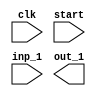


//BURAK TOPU 2617385
//EE445 HW-2, MANO'S BASIC COMPUTER


module hw_2(	
		input clk,
		input start,
		input [7:0] inp_1,
		output reg [7:0] out_1
		);
		
			reg Start; 				//Start flip flop
			reg [15:0] DR, AC, IR, TR; //data reg, accumulator, instruction reg, temp reg
			reg [11:0] PC, AR;		//program counter, address reg
			reg [7:0] OUTR, INPR;		//input and output regs
			reg [3:0] SC;		//timer
			reg [2:0] D;		//instruction decoder
			reg Indirect, E, FGI, FGO, IEN, IRQ; //indirect=I flip flop
			reg [15:0] mem_ram[4096:0];			//4K memory
	
	initial
		begin
			mem_ram [0]<=16'h1030;		//1030	at address=48, I put 4. PC==1
			mem_ram [1]<=16'h1031;		//100B	at address=49, I put 5. PC==2
			mem_ram [2]<=16'h7800;		//7800 	CLA again, PC==3
			mem_ram [3]<=16'h2037;     //LDA at 48. location
			mem_ram [4]<=16'h3030;		//store at 48. location
			//mem_ram [5]<=16'h4030;	//BUN
			//mem_ram [6]<=16'h5030;	//BSA
			//mem_ram [7]<=16'h6030;	//ISZ
			mem_ram [5]<=16'h7800;		//CLA
			mem_ram [6]<=16'h7400;		//CLE
			mem_ram [7]<=16'h7200;		//CMA
			mem_ram [8]<=16'h1030;		//again ADD AC to new value coming from store instruction to show circulations
			mem_ram [9]<=16'h7080;		//CIR
			mem_ram [10]<=16'h7040;		//CIL
			mem_ram [11]<=16'h7020;		//INC
			mem_ram [12]<=16'h7010;		//SPA
			mem_ram [13]<=16'h7008;		//SNA
			mem_ram [14]<=16'h7004;		//SZA	
			mem_ram [15]<=16'h7002;		//SZE
			mem_ram [16]<=16'h7001;		//HLT
			//mem_ram [21]<=16'h7008
			mem_ram [48]<=4;
			mem_ram [49]<=5;
			mem_ram [50]<=6;
			mem_ram [51]<=7;
			mem_ram [55]<=30;

			SC<=0;		//sequence counter that counts time T1, T2...
			DR<=0;		//data register
			AC<=0;		//accumulator 
			IR<=0;		//instruction  register
			TR<=0;		//temporary register
			OUTR<=0;		//output register
			INPR<=0;		//input register
			AR<=0;		//address register
			PC<=0;		//program  counter
			
			Start<=1;		//start signal
			//actually this start given as input, delete below to apply start signalx
			//Start<=start;
			Indirect<=0;		//indirect register 
			E<=0;					//E flag register
			FGI<=0;				//FGI flag (input flag)
			FGO<=0;				//FGO flag (output flag)
			IEN<=0;				//interrupt enable
			IRQ<=0;				//interrupt request 
		end	
		
	always @(posedge clk)  //fetching and decode block
								  //if start is not  enabled, no fetch occurs, hence no operation will be carried out.
	
	begin
		if(Start==1)
		begin
			if(SC==0)			//at  SC=0, T0 case, for that case AC<-PC
				begin
					AR<=PC;
					SC<=SC+1;
				end
			else if (SC==1)	//at T1, read information from  memory to IR
				begin
					IR[15:0]<=mem_ram[AR];
					PC<=PC+1;		
					SC<=SC+1;
				end
			else if (SC==2)	//at T2
				begin
					D[2:0]<=IR[14:12];  //D is the decoded instructions
					Indirect<=IR[15];		//For controlling type of instruction such as indirect or direct
					AR[11:0]<=IR[11:0];	//address of operand or address of address of operand.
					SC<=SC+1;
				end
		end
	end
	
	always@ (posedge clk)
	begin
		if((D==3'b111)&(Indirect==1)&(SC==3))
		begin
			INPR<=inp_1;
			OUTR<=out_1;
			if(IR[11]==1)
				begin
					AC[7:0]<=INPR;		//input is received by accumualator
					FGI<=0;
					SC<=0;
				end
			else if(IR[10]==1)
				begin
					OUTR<=AC[7:0];		//output is received from accumulator
					FGO<=0;
					SC<=0;
				end
			else if (IR[9]==1)
				begin
					if(FGI==1)
					PC<=PC+1;
					SC<=0;
				end
			else if (IR[8]==1)
				begin
					if(FGO==1)
					PC<=PC+1;
					SC<=0;
				end
			else if (IR[7]==1)
				begin
					IEN<=1;			//interrupt enable signal generated			
					SC<=0;
				end
			else if (IR[6]==1)
				begin
					SC<=0;
					IEN<=0;			//interrupt disable signal generated
				end
		end
	end
	

	always @(posedge clk) 		//to regulate interrupt signal 
	begin
		
		//if T0'T1'T2'IEN(FGI+FGO), interrupt request  will be  activated
		if(((SC!=0)&(SC!=1)&(SC!=2)&(IEN==1))&((FGI==1)|(FGO==1)))    
			begin
				IRQ<=1;	
				SC<=0;
			end
		else if((IRQ==1)&(SC==0))  //at T0 & IRQ=1
			begin
				AR<=0;		//address reg is assigned by 0 to reach first row of mem. 
				TR<=PC;		//PC will be stored in the TR
				SC<=SC+1;	//then time is incremented
			end
		else if((IRQ==1)&(SC==1))  //at T1 & IRQ=1
			begin
				mem_ram[AR]<=TR;		//at the 0th loc of mem, TR stored to back to that link after interrupt
				PC<=0;			//PC will 0
				SC<=SC+1;
			end
		else if((IRQ==1)&(SC==2))  //at T2 & IRQ=1
			begin
				PC<=PC+1;		//PC incremented
				IEN<=0;			//interrupt disabled
				IRQ<=0;			//IRQ 0 and time 0
				SC<=0;
			end
	end



	always @(posedge clk) //register reference type instructions 
	begin	 
		if(((D==3'b111)&(Indirect==0))&SC==3) // (((D==3'b111)&(I==0))&&SC==3) is assigned as r in lecture notes
		begin
				if(AR[11]==1'b1)   		//clear accumulator 
					begin
					AC<=0;
					SC<=0;
					end
				else if (AR[10]==1'b1)	//clear E register
					begin
					E<=0;
					SC<=0;
					end
				else if (AR[9]==1'b1)	//complement accumulator instruction
					begin
					AC<=~AC;
					SC<=0;
					end
				else if (AR[8]==1'b1)	//complement E instruction
					begin
					E<=E;
					SC<=0;
					end
				else if (AR[7]==1'b1)	//circulate to right
					begin	
						AC[14:0]<=AC[15:1];
						E<=AC[0];
						SC<=0;
					end
				else if (AR[6]==1'b1)	//circulate to left
					begin	
						AC[15:1]<=AC[14:0];
						E<=AC[15];
						SC<=0;
					end
				else if (AR[5]==1'b1)	//increment accumulator
					begin
						AC<=AC+1;
						SC<=0;
					end
				else if (AR[4]==1'b1)	//Skip Positive accumulator
					begin
						if(AC[15]==0)
							begin
							PC<=PC+1;
							SC<=0;
							end
					end
				else if (AR[3]==1'b1)	//Skip Negative Accumulator
					begin
						if(AC[15]==1)
							begin
								PC<=PC+1;
								SC<=0;
							end
					end
				else if (AR[2]==1'b1)	//Skip Zero if AC=0
					begin
						if(AC[15:0]==16'h00)
							begin
								PC<=PC+1;
								SC<=0;
							end
					end
				else if (AR[1]==1'b1)	//Skip if E=0
					begin
						if(E==0)
							begin
								PC<=PC+1;
								SC<=0;
							end
					end
				else 							//HLT
					begin
					SC<=0;
					end
		end
		
	else if ((D!=3'b111)&(Indirect==0))		//memory reg operations, without indirect
		begin
		 if((D==3'b000))  //AND operation
			begin
				if(SC==3)
					begin
						DR<=mem_ram[AR];
						SC<=SC+1;
					end
				else if(SC==4)
					begin
						AC<=AC&DR;
						SC<=0;
					end
			end
		else if((D==3'b001))	 //ADD
			begin
				if(SC==3)
					begin
					DR<=mem_ram[AR];
					SC<=SC+1;
					end
				else if (SC==4)
					begin
					{E,AC[15:0]}<= AC+DR;
					SC<=0;
					end				
			end
		
		else if((D==3'b010))	//LOAD,LDR
			begin
				if(SC==3)
					begin
						DR<=mem_ram[AR];
						SC<=SC+1;
					end
				else if (SC==4)
					begin
						AC<=DR;
						SC<=0;
					end
			end

		else if((D==3'b011))	//store, STR
			begin
				if(SC==3)
					begin
						mem_ram[AR]<=AC[15:0];
						SC<=0;
					end
			end
		
		else if((D==3'b100))	//Branch unconditionally
			begin
				if(SC==3)
					begin
					PC<=PC+1;
					SC<=0;
					end
			end
		else if((D==3'b101))	//Branch and save return address
			begin
				if(SC==3)
					begin
					mem_ram[AR]<=PC;
					AR<=AR+1;
					SC<=SC+1;
					end
				else if (SC==4)
					begin
					PC<=AR;
					SC<=0;
					end
			end
		else if((D==3'b110))		//ISZ
			begin
				if(SC==3)
					begin
					DR<=mem_ram[AR];
					SC<=SC+1;
					end
				else if(SC==4)
					begin
					DR<=DR+1;
					SC<=SC+1;
					end
				else if(SC==5)
					begin
					mem_ram[AR]<=DR;
						if(DR==0)
						begin
							PC<=PC+1;
							SC<=0;
						end
					end
			end
		end
		
		else if(((D!=3'b111)&(Indirect==1)))	//memory reg operations with indirect.
			begin
				AR<=mem_ram[AR];
				SC<=SC+1;
				 if((D==3'b000))  //AND operation
					begin
						if(SC==4)
							begin
								DR<=mem_ram[AR];
								SC<=SC+1;
							end
						else if(SC==5)
							begin
								AC<=AC&DR;
								SC<=0;
							end
					end
				else if((D==3'b001))	 //ADD
					begin
						if(SC==4)
							begin
							DR<=mem_ram[AR];
							SC<=SC+1;
							end
						else if (SC==5)
							begin
							{E,AC[15:0]}<= AC+DR;
							SC<=0;
							end				
					end
				
				else if((D==3'b010))	//LOAD,LDR
					begin
						if(SC==4)
							begin
								DR<=mem_ram[AR];
								SC<=SC+1;
							end
						else if (SC==5)
							begin
								AC<=DR;
								SC<=0;
							end
					end

				else if((D==3'b011))	//store, STR
					begin
						if(SC==4)
							begin
								mem_ram[AR]<=AC[15:0];
								SC<=0;
							end
					end
				
				else if((D==3'b100))	//Branch unconditionally
					begin
						if(SC==5)
							begin
							PC<=PC+1;
							end
					end
				else if((D==3'b101))	//Branch and save return address
					begin
						if(SC==4)
							begin
							mem_ram[AR]<=PC;
							AR<=AR+1;
							SC<=SC+1;
							end
						else if (SC==5)
							begin
							PC<=AR;
							SC<=0;
							end
					end
				else if((D==3'b110))		//ISZ
					begin
						if(SC==4)
							begin
								DR<=mem_ram[AR];
								SC<=SC+1;
							end
						else if(SC==5)
							begin
								DR<=DR+1;
								SC<=SC+1;
							end
						else if(SC==6)
							begin
							mem_ram[AR]<=DR;
								if(DR==0)
								begin
									PC<=PC+1;
									SC<=0;
								end
							end
					end
			end
		end
		
endmodule